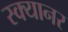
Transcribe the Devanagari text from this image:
स्क्यानर